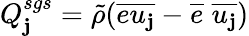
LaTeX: Q_{\mathbf{j}}^{sgs}=\tilde{{\rho}}(\overline{{{eu_{\mathbf{j}}}}}-\overline{{{e}}}\; \overline{{{u_{\mathbf{j}}}}})